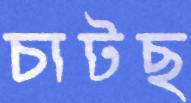
চাটছ